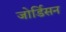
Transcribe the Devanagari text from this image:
जोर्डिसन